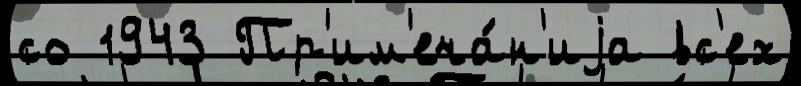
со 1943 Пр'им'еча́н'иjа вс'ех